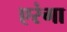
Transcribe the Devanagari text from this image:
एरंगा